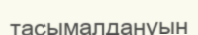
тасымалдануын